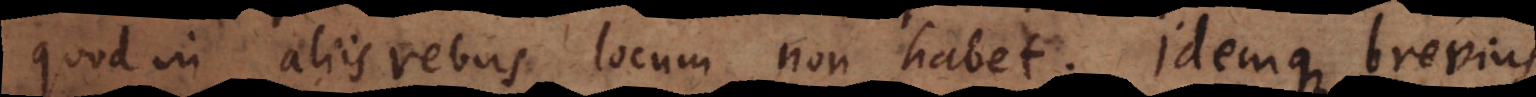
quod in aliis rebus locum non habet. Idemque brevius